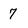
Character: 7